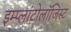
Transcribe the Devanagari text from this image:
इम्प्लांटोलॉजिस्ट